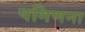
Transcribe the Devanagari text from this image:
पगिणना